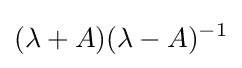
(\lambda +A)(\lambda -A)^{-1}